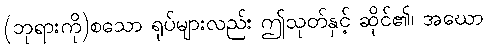
(ဘုရားကို)စသော ရုပ်များလည်း ဤသုတ်နှင့် ဆိုင်၏၊ အဃော